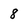
Character: 8